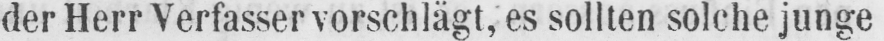
der Herr Verfasser vorschlägt, es sollten solche junge